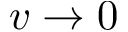
v \to 0